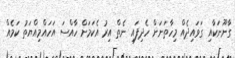
ގާނޫނަކާއި ގަވައިދެއް މިހާތަނަށް ހެދިފައި ނެތް އިރު އެކަމަށް ހާއްސަ އަހައްމިއްޔަތު ކަމެއް